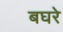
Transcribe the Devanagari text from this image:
बघरे